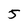
Character: 5